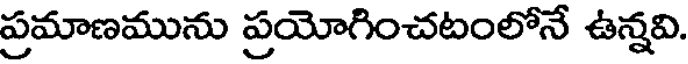
ప్రమాణమును ప్రయోగించటంలోనే ఉన్నవి.